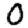
Digit: 0